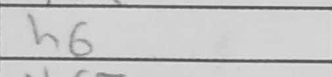
Transcription: h6